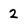
Character: 2